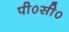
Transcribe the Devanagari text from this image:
पी०सी०